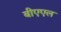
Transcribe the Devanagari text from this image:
बीएएल